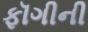
ફૉગીની